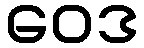
ဝေဒ